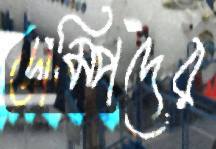
ডাম্পিদের